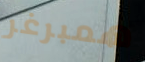
همبرغر